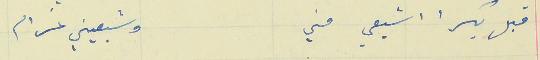
قبل بكرا اشبعي مني                                      وشبعيني غرام